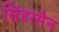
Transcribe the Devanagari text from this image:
सिंडरमैन